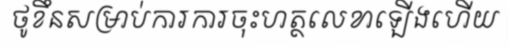
ថូខឹនសម្រាប់ការការចុះហត្ថលេខាឡើងហើយ